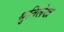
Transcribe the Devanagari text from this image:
श्रुतिलेख